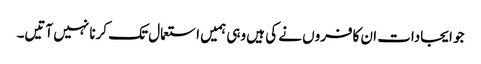
جو ایجادات ان کافروں نے کی ہیں وہی ہمیں استعمال تک کرنا نہیں آتیں۔